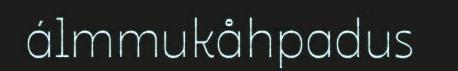
álmmukåhpadus